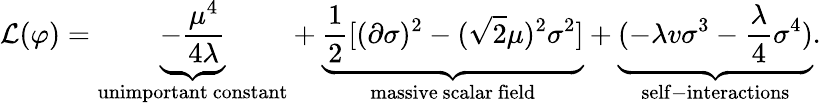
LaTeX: {\mathcal{L}}(\varphi)=\underbrace{-{\frac{\mu^{4}}{4\lambda}}}_{\mathrm{unimportant~constant}}+\underbrace{{\frac{1}{2}}[(\partial\sigma)^{2}-({\sqrt{2}}\mu)^{2}\sigma^{2}]}_{\mathrm{massive~scalar~field}}+\underbrace{(-\lambda v\sigma^{3}-{\frac{\lambda}{4}}\sigma^{4})}_{\mathrm{self-interactions}}.